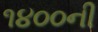
૧૪૦૦ની